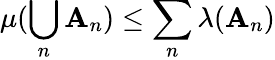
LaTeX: \mu(\bigcup_{n}\mathbf{A}_{n})\leq\sum_{n}\lambda(\mathbf{A}_{n})